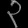
Digit: ၃